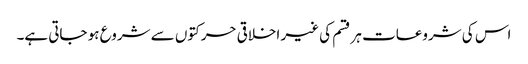
اس کی شروعات ہر قسم کی غیر اخلاقی حرکتوں سے شروع ہو جاتی ہے۔